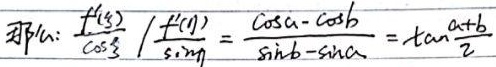
即：\(\frac{\frac{f(s)}{\cos\frac{s}{2}}}{\frac{f(t)}{\sin\frac{t}{2}}}=\frac{\cos a - \cos b}{\sin b - \sin a}=\tan\frac{a + b}{2}\)